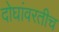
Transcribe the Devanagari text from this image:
दोघांवरतीच